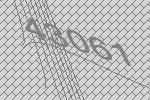
43061